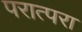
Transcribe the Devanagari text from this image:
परात्परा